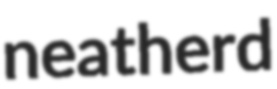
neatherd